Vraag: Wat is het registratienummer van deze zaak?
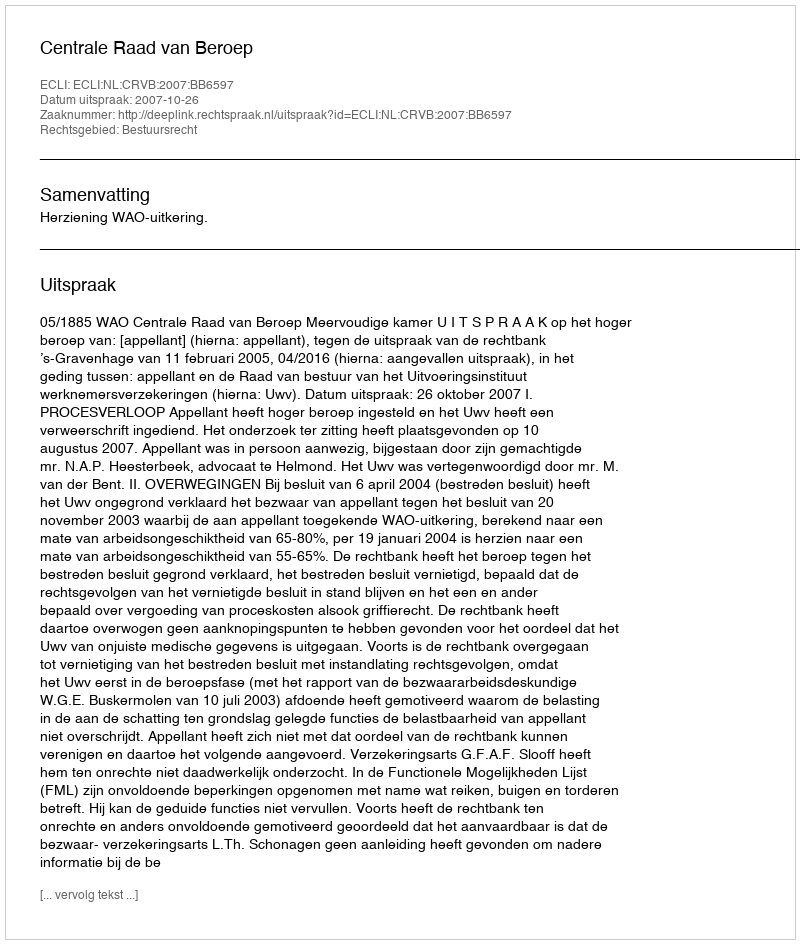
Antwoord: http://deeplink.rechtspraak.nl/uitspraak?id=ECLI:NL:CRVB:2007:BB6597